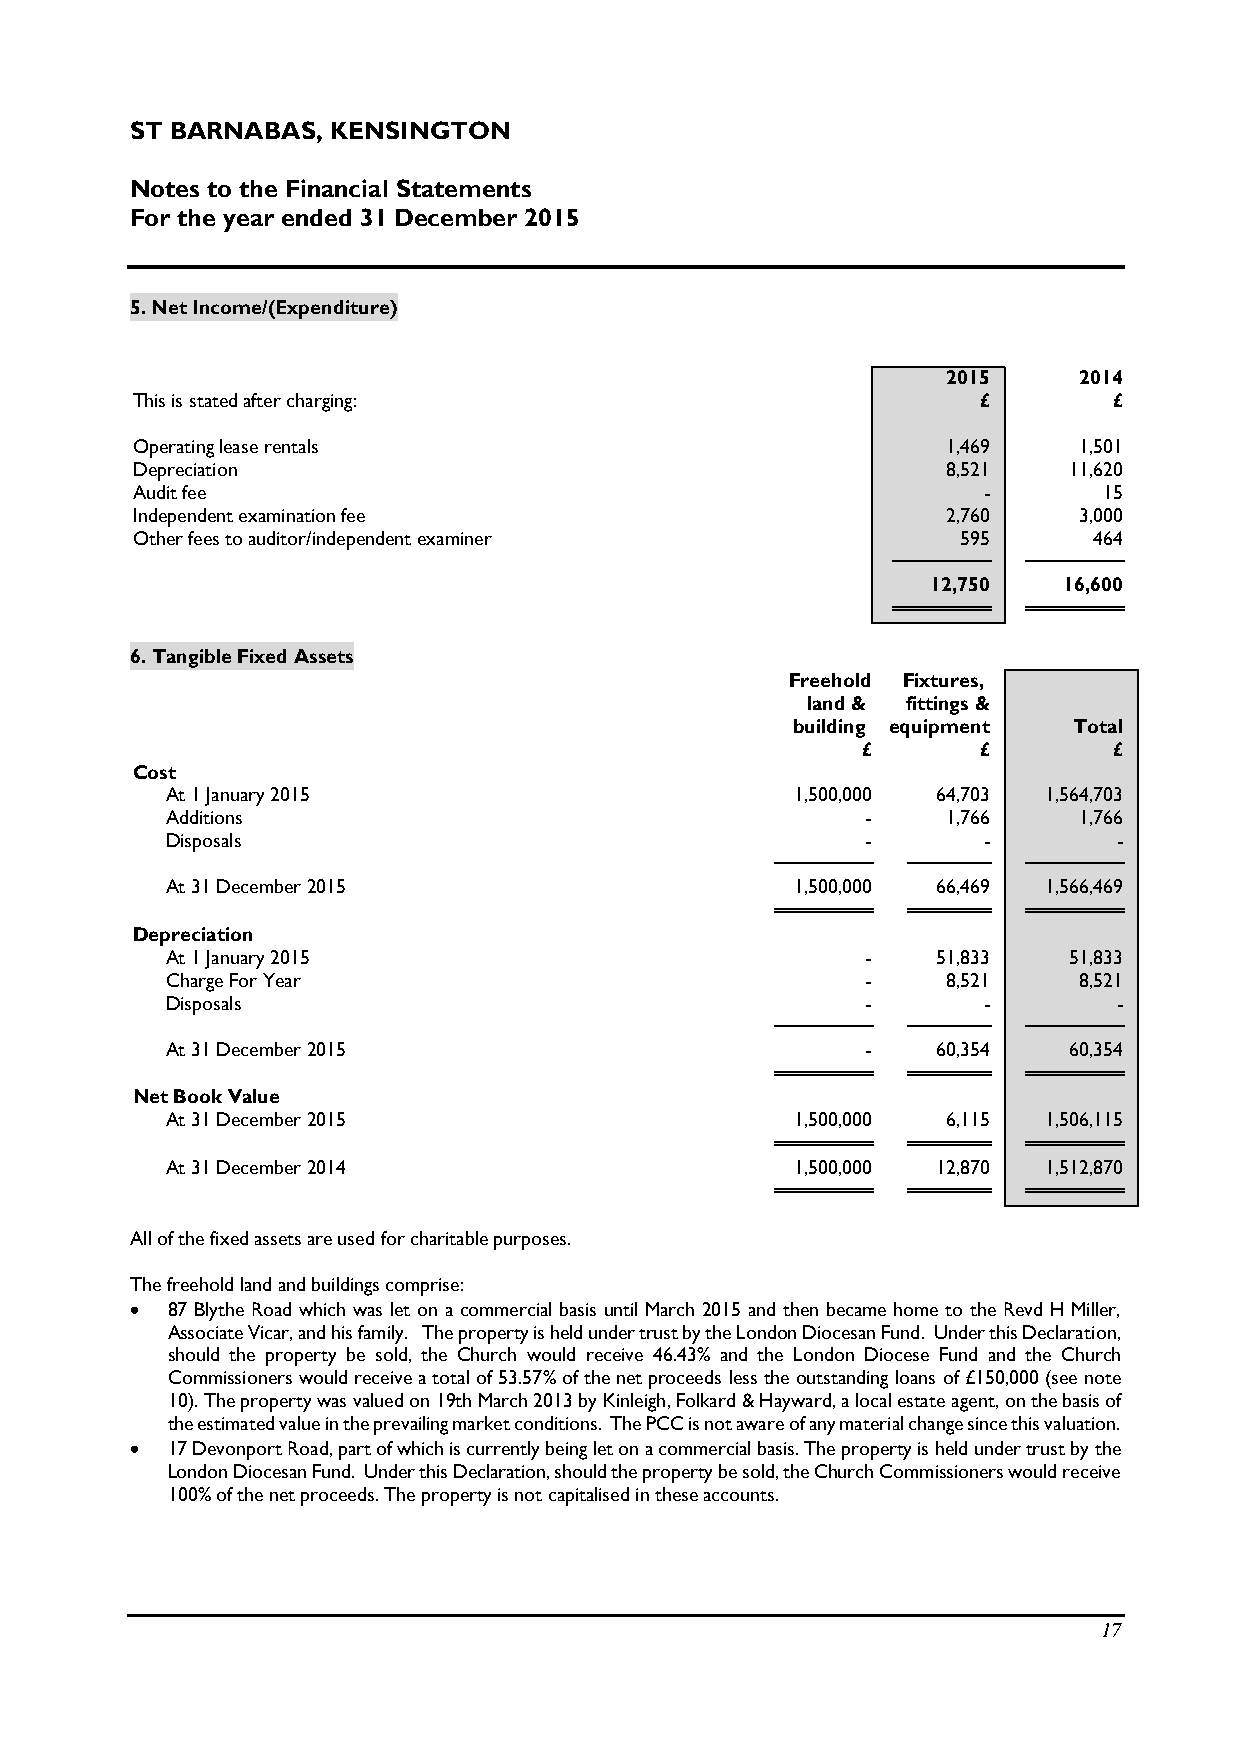
ST BARNABAS, KENSINGTON
 Notes to the Financial Statements
 For the year ended 31 December 2015
 5. Net Income/(Expenditure)
 2015    2014
 This is stated after charging:                          £        £
 Operating lease rentals                               1,469   1,501
 Depreciation                                          8,521   11,620
 Audit fee                                               -       15
 Independent examination fee                           2,760   3,000
 Other fees to auditor/independent examiner             595     464
 12,750  16,600
 6. Tangible Fixed Assets
 Freehold Fixtures,
 land & fittings &
 building equipment Total
 £       £        £
 Cost
 At 1 January 2015                         1,500,000 64,703 1,564,703
 Additions                                     -     1,766   1,766
 Disposals                                     -       -        -
 At 31 December 2015                       1,500,000 66,469 1,566,469
 Depreciation
 At 1 January 2015                             -    51,833   51,833
 Charge For Year                               -     8,521   8,521
 Disposals                                     -       -        -
 At 31 December 2015                           -    60,354   60,354
 Net Book Value
 At 31 December 2015                       1,500,000 6,115 1,506,115
 At 31 December 2014                       1,500,000 12,870 1,512,870
 All of the fixed assets are used for charitable purposes.
 The freehold land and buildings comprise:
  87 Blythe Road which was let on a commercial basis until March 2015 and then became home to the Revd H Miller,
 Associate Vicar, and his family. The property is held under trust by the London Diocesan Fund. Under this Declaration,
 should the property be sold, the Church would receive 46.43% and the London Diocese Fund and the Church
 Commissioners would receive a total of 53.57% of the net proceeds less the outstanding loans of £150,000 (see note
 10). The property was valued on 19th March 2013 by Kinleigh, Folkard & Hayward, a local estate agent, on the basis of
 the estimated value in the prevailing market conditions. The PCC is not aware of any material change since this valuation.
  17 Devonport Road, part of which is currently being let on a commercial basis. The property is held under trust by the
 London Diocesan Fund. Under this Declaration, should the property be sold, the Church Commissioners would receive
 100% of the net proceeds. The property is not capitalised in these accounts.
 17